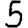
Digit: 5